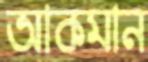
আকমান